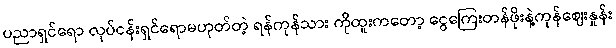
ပညာရှင်ရော လုပ်ငန်းရှင်ရောမဟုတ်တဲ့ ရန်ကုန်သား ကိုထူးကတော့ ငွေကြေးတန်ဖိုးနဲ့ကုန်ဈေးနှုန်း